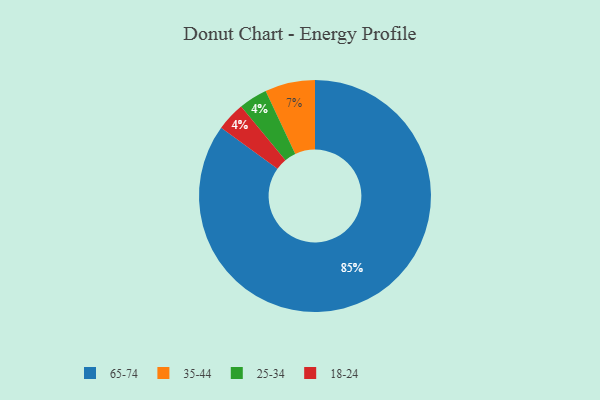
{"axis": {"x": "Category", "y": "Percentage"}, "legend": ["18-24", "25-34", "35-44", "65-74"], "data": [{"x": "65-74", "y": 85, "type": "65-74"}, {"x": "35-44", "y": 7, "type": "35-44"}, {"x": "25-34", "y": 4, "type": "25-34"}, {"x": "18-24", "y": 4, "type": "18-24"}]}